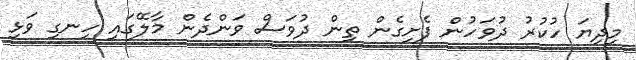
މިދިޔަ ހުކުރު ދުވަހުން ފެށިގެން ތިން ދުވަސް ވަންދެން މާލޭގައި ހިނގި ވަޅި